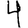
Digit: 4